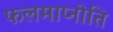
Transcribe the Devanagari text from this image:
फलमाप्नोति